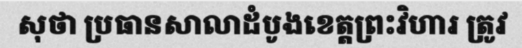
សុថា ប្រធានសាលាដំបូងខេត្តព្រះវិហារ ត្រូវ